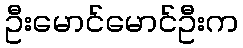
ဦးမောင်မောင်ဦးက